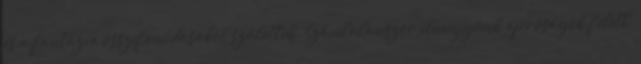
és a fantázia összefonódásából születtek. Számtalanszor elmegyünk apróságok felett,